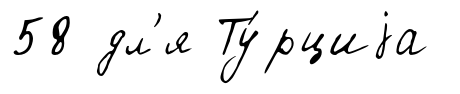
58 дл'я Ту́рциjа